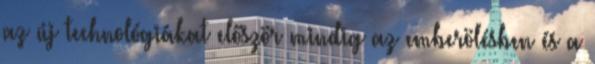
az új technológiákat először mindig az emberölésben és a